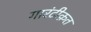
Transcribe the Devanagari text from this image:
गारंटीक़त